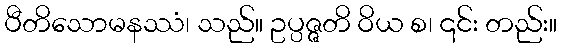
ပီတိသောမနဿံ၊ သည်။ ဥပ္ပဇ္ဇတိ ဝိယ စ၊ ၎င်း တည်း။